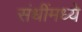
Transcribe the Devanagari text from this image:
संधींमध्ये